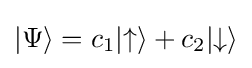
|\Psi \rangle =c_{1}|{\uparrow }\rangle +c_{2}|{\downarrow }\rangle